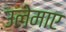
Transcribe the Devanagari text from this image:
उलेमाए